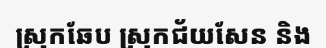
ស្រុកឆែប ស្រុកជ័យសែន និង